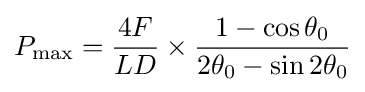
P_{\mathrm {max} }={\frac {4F}{LD}}\times {\frac {1-\cos \theta _{0}}{2\theta _{0}-\sin 2\theta _{0}}}